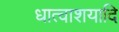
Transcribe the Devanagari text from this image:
धात्वाशयादि